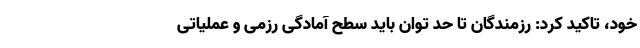
خود، تاکید کرد: رزمندگان تا حد توان باید سطح آمادگی رزمی و عملیاتی